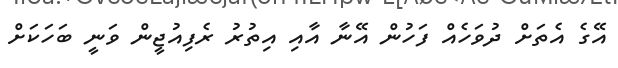
އޭގެ އެތަށް ދުވަހެއް ފަހުން އޭނާ އާއި އިތުރު ރެފިއުޖީން ވަނީ ބަހަކަށް